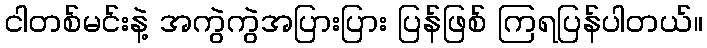
ငါတစ်မင်းနဲ့ အကွဲကွဲအပြားပြား ပြန်ဖြစ် ကြရပြန်ပါတယ်။